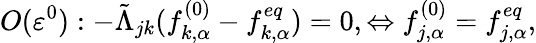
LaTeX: O(\varepsilon^{0}):-\tilde{\Lambda}_{jk}(f_{k,\alpha}^{(0)}-f_{k,\alpha}^{eq})=0,\Leftrightarrow f_{j,\alpha}^{(0)}=f_{j,\alpha}^{eq},